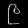
Digit: ၉